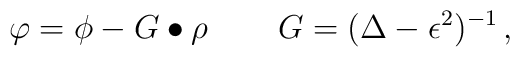
\varphi = \phi - G \bullet \rho\, \qquad G = (\Delta - \epsilon^{2})^{-1}\,,